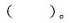
（ ）。